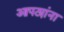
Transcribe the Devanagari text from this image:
आपट्यांना